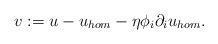
LaTeX: \begin{align*}v:=u-u_{hom}-\eta \phi_i \partial_i u_{hom}.\end{align*}